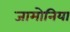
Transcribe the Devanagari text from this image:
जामोनिया